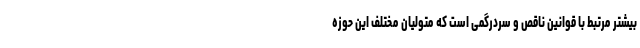
بیشتر مرتبط با قوانین ناقص و سردرگمی است که متولیان مختلف این حوزه